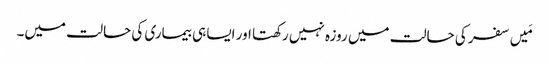
مَیں سفر کی حالت میں روزہ نہیں رکھتا اور ایسا ہی بیماری کی حالت میں۔